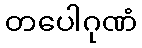
တပေါဂုဏံ